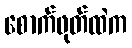
စောက်ဖုတ်ထဲက